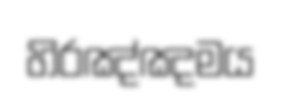
හිරඤ්ඤමය